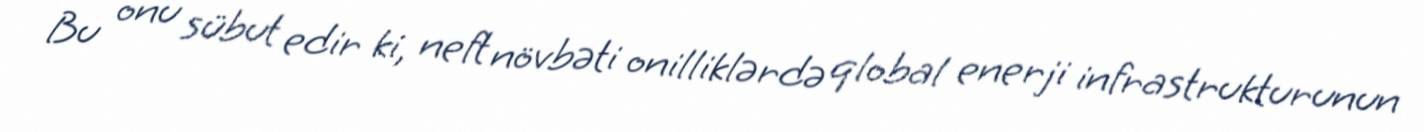
Bu onu sübut edir ki, neft növbəti onilliklərdə qlobal enerji infrastrukturunun